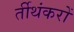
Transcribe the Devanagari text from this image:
र्तीथंकरों